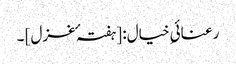
رعنائیِ خیال: [ہفتہ ٴ غزل] ۔